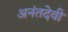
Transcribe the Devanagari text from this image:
अनंतदेवी